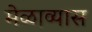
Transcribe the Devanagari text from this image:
मेळाव्यास